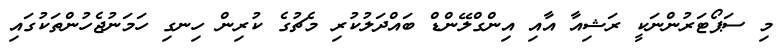
މި ސަޕޯޓަރުންނަކީ ރަޝިއާ އާއި އިންގްލޭންޑް ބައްދަލުކުރި މެޗުގެ ކުރިން ހިނގި ހަމަނުޖެހުންތަކުގައި